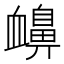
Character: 𧗗